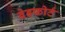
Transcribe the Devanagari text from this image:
बेडफोर्ट